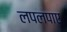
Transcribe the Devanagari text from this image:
लपलपाए